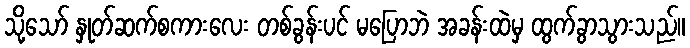
သို့သော် နှုတ်ဆက်စကားလေး တစ်ခွန်းပင် မပြောဘဲ အခန်းထဲမှ ထွက်ခွာသွားသည်။